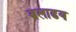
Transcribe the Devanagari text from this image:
बलाढय